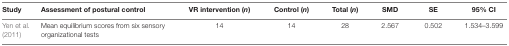
<table><thead><tr><td><b>Study</b></td><td><b>Assessment of postural control</b></td><td><b>VR intervention (<i>n</i>)</b></td><td><b>Control (<i>n</i>)</b></td><td><b>Total (<i>n</i>)</b></td><td><b>SMD</b></td><td><b>SE</b></td><td><b>95% CI</b></td></tr></thead><tbody><tr><td>Yen et al. (2011)</td><td>Mean equilibrium scores from six sensory organizational tests</td><td>14</td><td>14</td><td>28</td><td>2.567</td><td>0.502</td><td>1.534–3.599</td></tr></tbody></table>